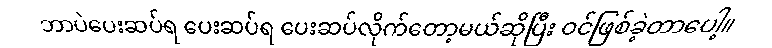
ဘာပဲပေးဆပ်ရ ပေးဆပ်ရ ပေးဆပ်လိုက်တော့မယ်ဆိုပြီး ဝင်ဖြစ်ခဲ့တာပေါ့။